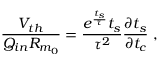
\frac { V _ { t h } } { Q _ { i n } R _ { m _ { 0 } } } = \frac { e ^ { \frac { t _ { s } } { \tau } } t _ { s } } { \tau ^ { 2 } } \frac { \partial t _ { s } } { \partial t _ { c } } ~ ,